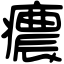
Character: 癑